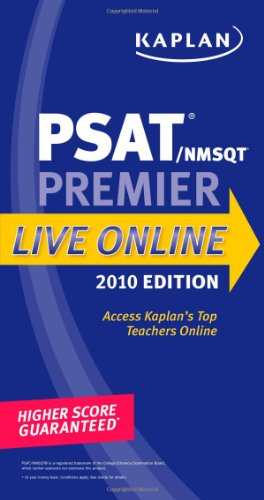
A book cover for Kaplan PSAT/NMSQT 2010 Premier Live Online; Kaplan; Test Preparation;